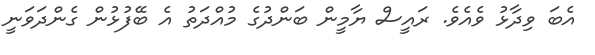
އެބަ ވިދާޅު ވެއެވެ. ރައީސް ޔާމީން ބަންދުގެ މުއްދަތު އެ ބޭފުޅުން ގެންދަވަނީ